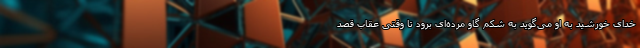
خدای خورشید به او می‌گوید به شکم گاو مرده‌ای برود تا وقتی عقاب قصد